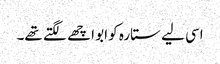
اسی لیے ستارہ کو ابو اچھے لگتے تھے۔